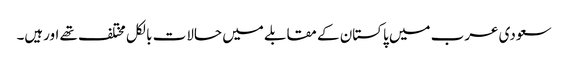
سعودی عرب میں پاکستان کے مقابلے میں حالات بالکل مختلف تھے اورہیں۔